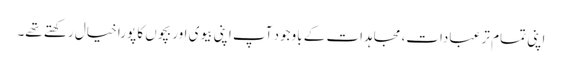
اپنی تمام تر عبادات، مجاہدات کے باوجود آپ اپنی بیوی اور بچوں کا پورا خیال رکھتے تھے۔